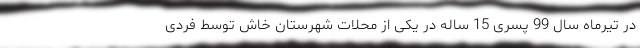
در تیرماه سال 99 پسری 15 ساله در یکی از محلات شهرستان خاش توسط فردی